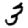
Digit: 3